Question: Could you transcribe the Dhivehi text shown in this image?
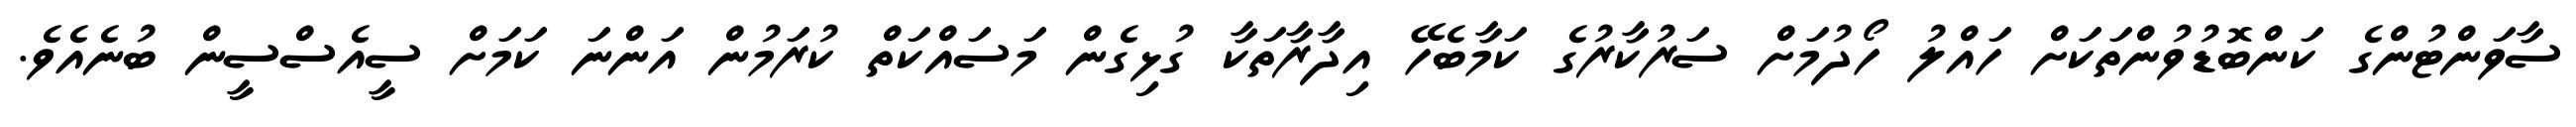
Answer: ސާވަންޓުންގެ ކަންބޮޑުވުންތަކަށް ހައްލު ހޯދުމަށް ސަރުކާރުގެ ކަމާބެހޭ އިދާރާތަކާ ގުޅިގެން މަސައްކަތް ކުރަމުން އަންނަ ކަމަށް ސީއެސްސީން ބުނެއެވެ.